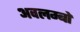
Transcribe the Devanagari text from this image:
अवलम्बों